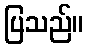
ပြသည်။